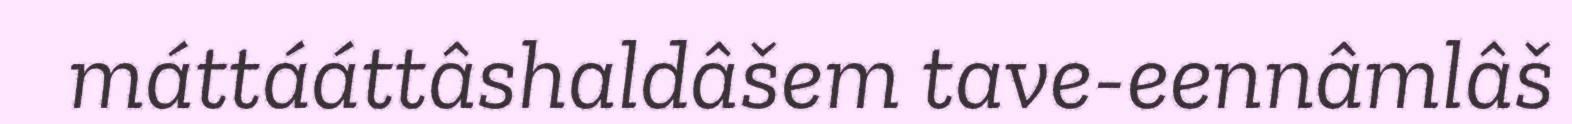
máttááttâshaldâšem tave-eennâmlâš